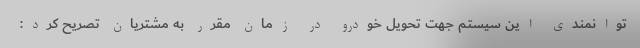
توانمندی این سیستم جهت تحویل خودرو در زمان مقرر به مشتریان تصریح کرد: